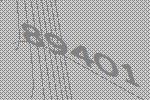
89401